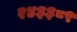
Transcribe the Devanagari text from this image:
२४३३८९